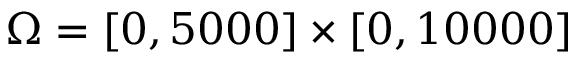
\Omega = [ 0 , 5 0 0 0 ] \times [ 0 , 1 0 0 0 0 ]